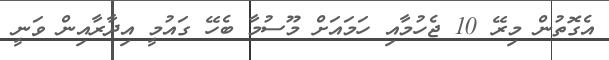
އެގޮތުން މިރޭ 10 ޖެހުމާއި ހަމައަށް މޫސުމާ ބެހޭ ގައުމީ އިދާރާއިން ވަނީ